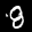
Label: 8